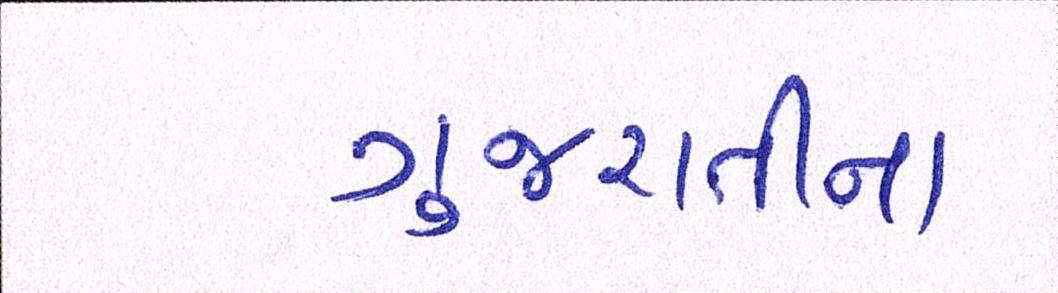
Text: ગુજરાતીના